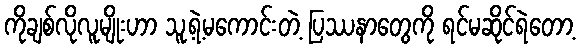
ကိုချစ်လိုလူမျိုးဟာ သူ့ရဲ့မကောင်းတဲ့ ပြဿနာတွေကို ရင်မဆိုင်ရဲတော့